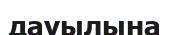
дауылына